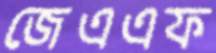
জেএএফ